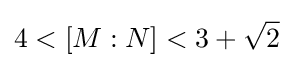
4<[M:N]<3+{\sqrt {2}}